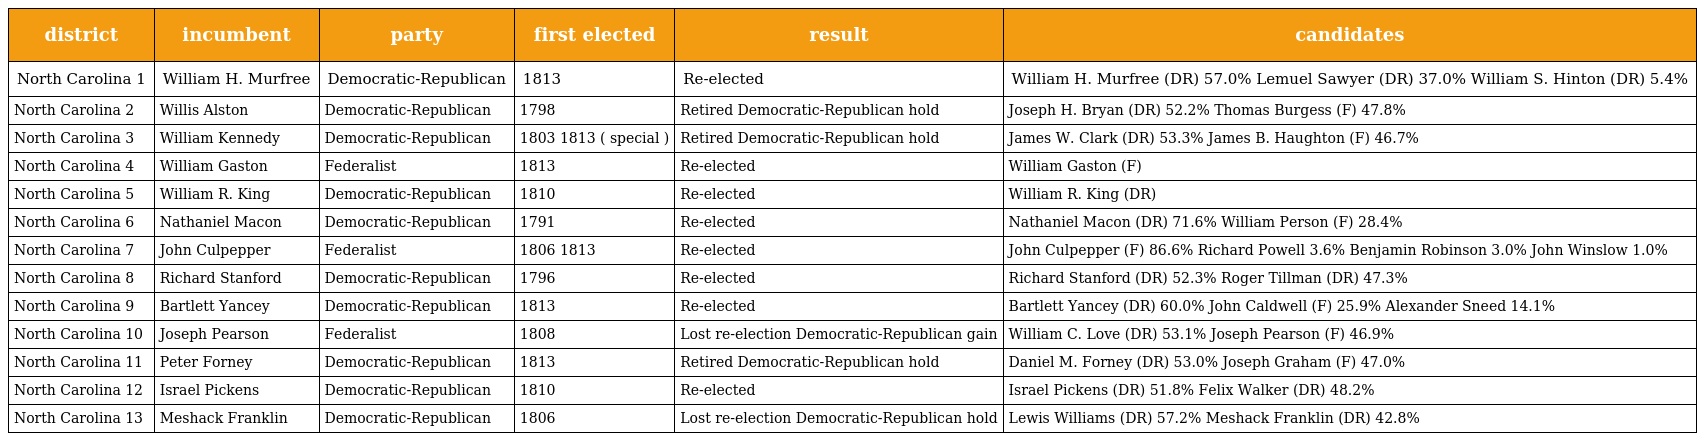
| district | incumbent | party | first elected | result | candidates |
 | --- | --- | --- | --- | --- | --- |
 | North Carolina 1 | William H. Murfree | Democratic-Republican | 1813 | Re-elected | William H. Murfree (DR) 57.0% Lemuel Sawyer (DR) 37.0% William S. Hinton (DR) 5.4% |
 | North Carolina 2 | Willis Alston | Democratic-Republican | 1798 | Retired Democratic-Republican hold | Joseph H. Bryan (DR) 52.2% Thomas Burgess (F) 47.8% |
 | North Carolina 3 | William Kennedy | Democratic-Republican | 1803 1813 ( special ) | Retired Democratic-Republican hold | James W. Clark (DR) 53.3% James B. Haughton (F) 46.7% |
 | North Carolina 4 | William Gaston | Federalist | 1813 | Re-elected | William Gaston (F) |
 | North Carolina 5 | William R. King | Democratic-Republican | 1810 | Re-elected | William R. King (DR) |
 | North Carolina 6 | Nathaniel Macon | Democratic-Republican | 1791 | Re-elected | Nathaniel Macon (DR) 71.6% William Person (F) 28.4% |
 | North Carolina 7 | John Culpepper | Federalist | 1806 1813 | Re-elected | John Culpepper (F) 86.6% Richard Powell 3.6% Benjamin Robinson 3.0% John Winslow 1.0% |
 | North Carolina 8 | Richard Stanford | Democratic-Republican | 1796 | Re-elected | Richard Stanford (DR) 52.3% Roger Tillman (DR) 47.3% |
 | North Carolina 9 | Bartlett Yancey | Democratic-Republican | 1813 | Re-elected | Bartlett Yancey (DR) 60.0% John Caldwell (F) 25.9% Alexander Sneed 14.1% |
 | North Carolina 10 | Joseph Pearson | Federalist | 1808 | Lost re-election Democratic-Republican gain | William C. Love (DR) 53.1% Joseph Pearson (F) 46.9% |
 | North Carolina 11 | Peter Forney | Democratic-Republican | 1813 | Retired Democratic-Republican hold | Daniel M. Forney (DR) 53.0% Joseph Graham (F) 47.0% |
 | North Carolina 12 | Israel Pickens | Democratic-Republican | 1810 | Re-elected | Israel Pickens (DR) 51.8% Felix Walker (DR) 48.2% |
 | North Carolina 13 | Meshack Franklin | Democratic-Republican | 1806 | Lost re-election Democratic-Republican hold | Lewis Williams (DR) 57.2% Meshack Franklin (DR) 42.8% |